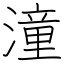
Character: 潼